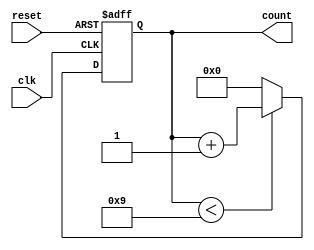
module bcd_counter (
    input wire clk,      // Clock signal
    input wire reset,    // Asynchronous reset signal
    output reg [3:0] count // 4-bit output for BCD count
);

// Always block to handle counting logic
always @(posedge clk or posedge reset) begin
    if (reset) begin
        count <= 4'b0000; // Reset the counter to 0
    end else begin
        if (count < 4'b1001) begin
            count <= count + 1; // Increment the counter
        end else begin
            count <= 4'b0000; // Reset to 0 if count is 9 (1001)
        end
    end
end

endmodule